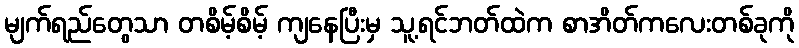
မျက်ရည်တွေသာ တစိမ့်စိမ့် ကျနေပြီးမှ သူ့ရင်ဘတ်ထဲက စာအိတ်ကလေးတစ်ခုကို